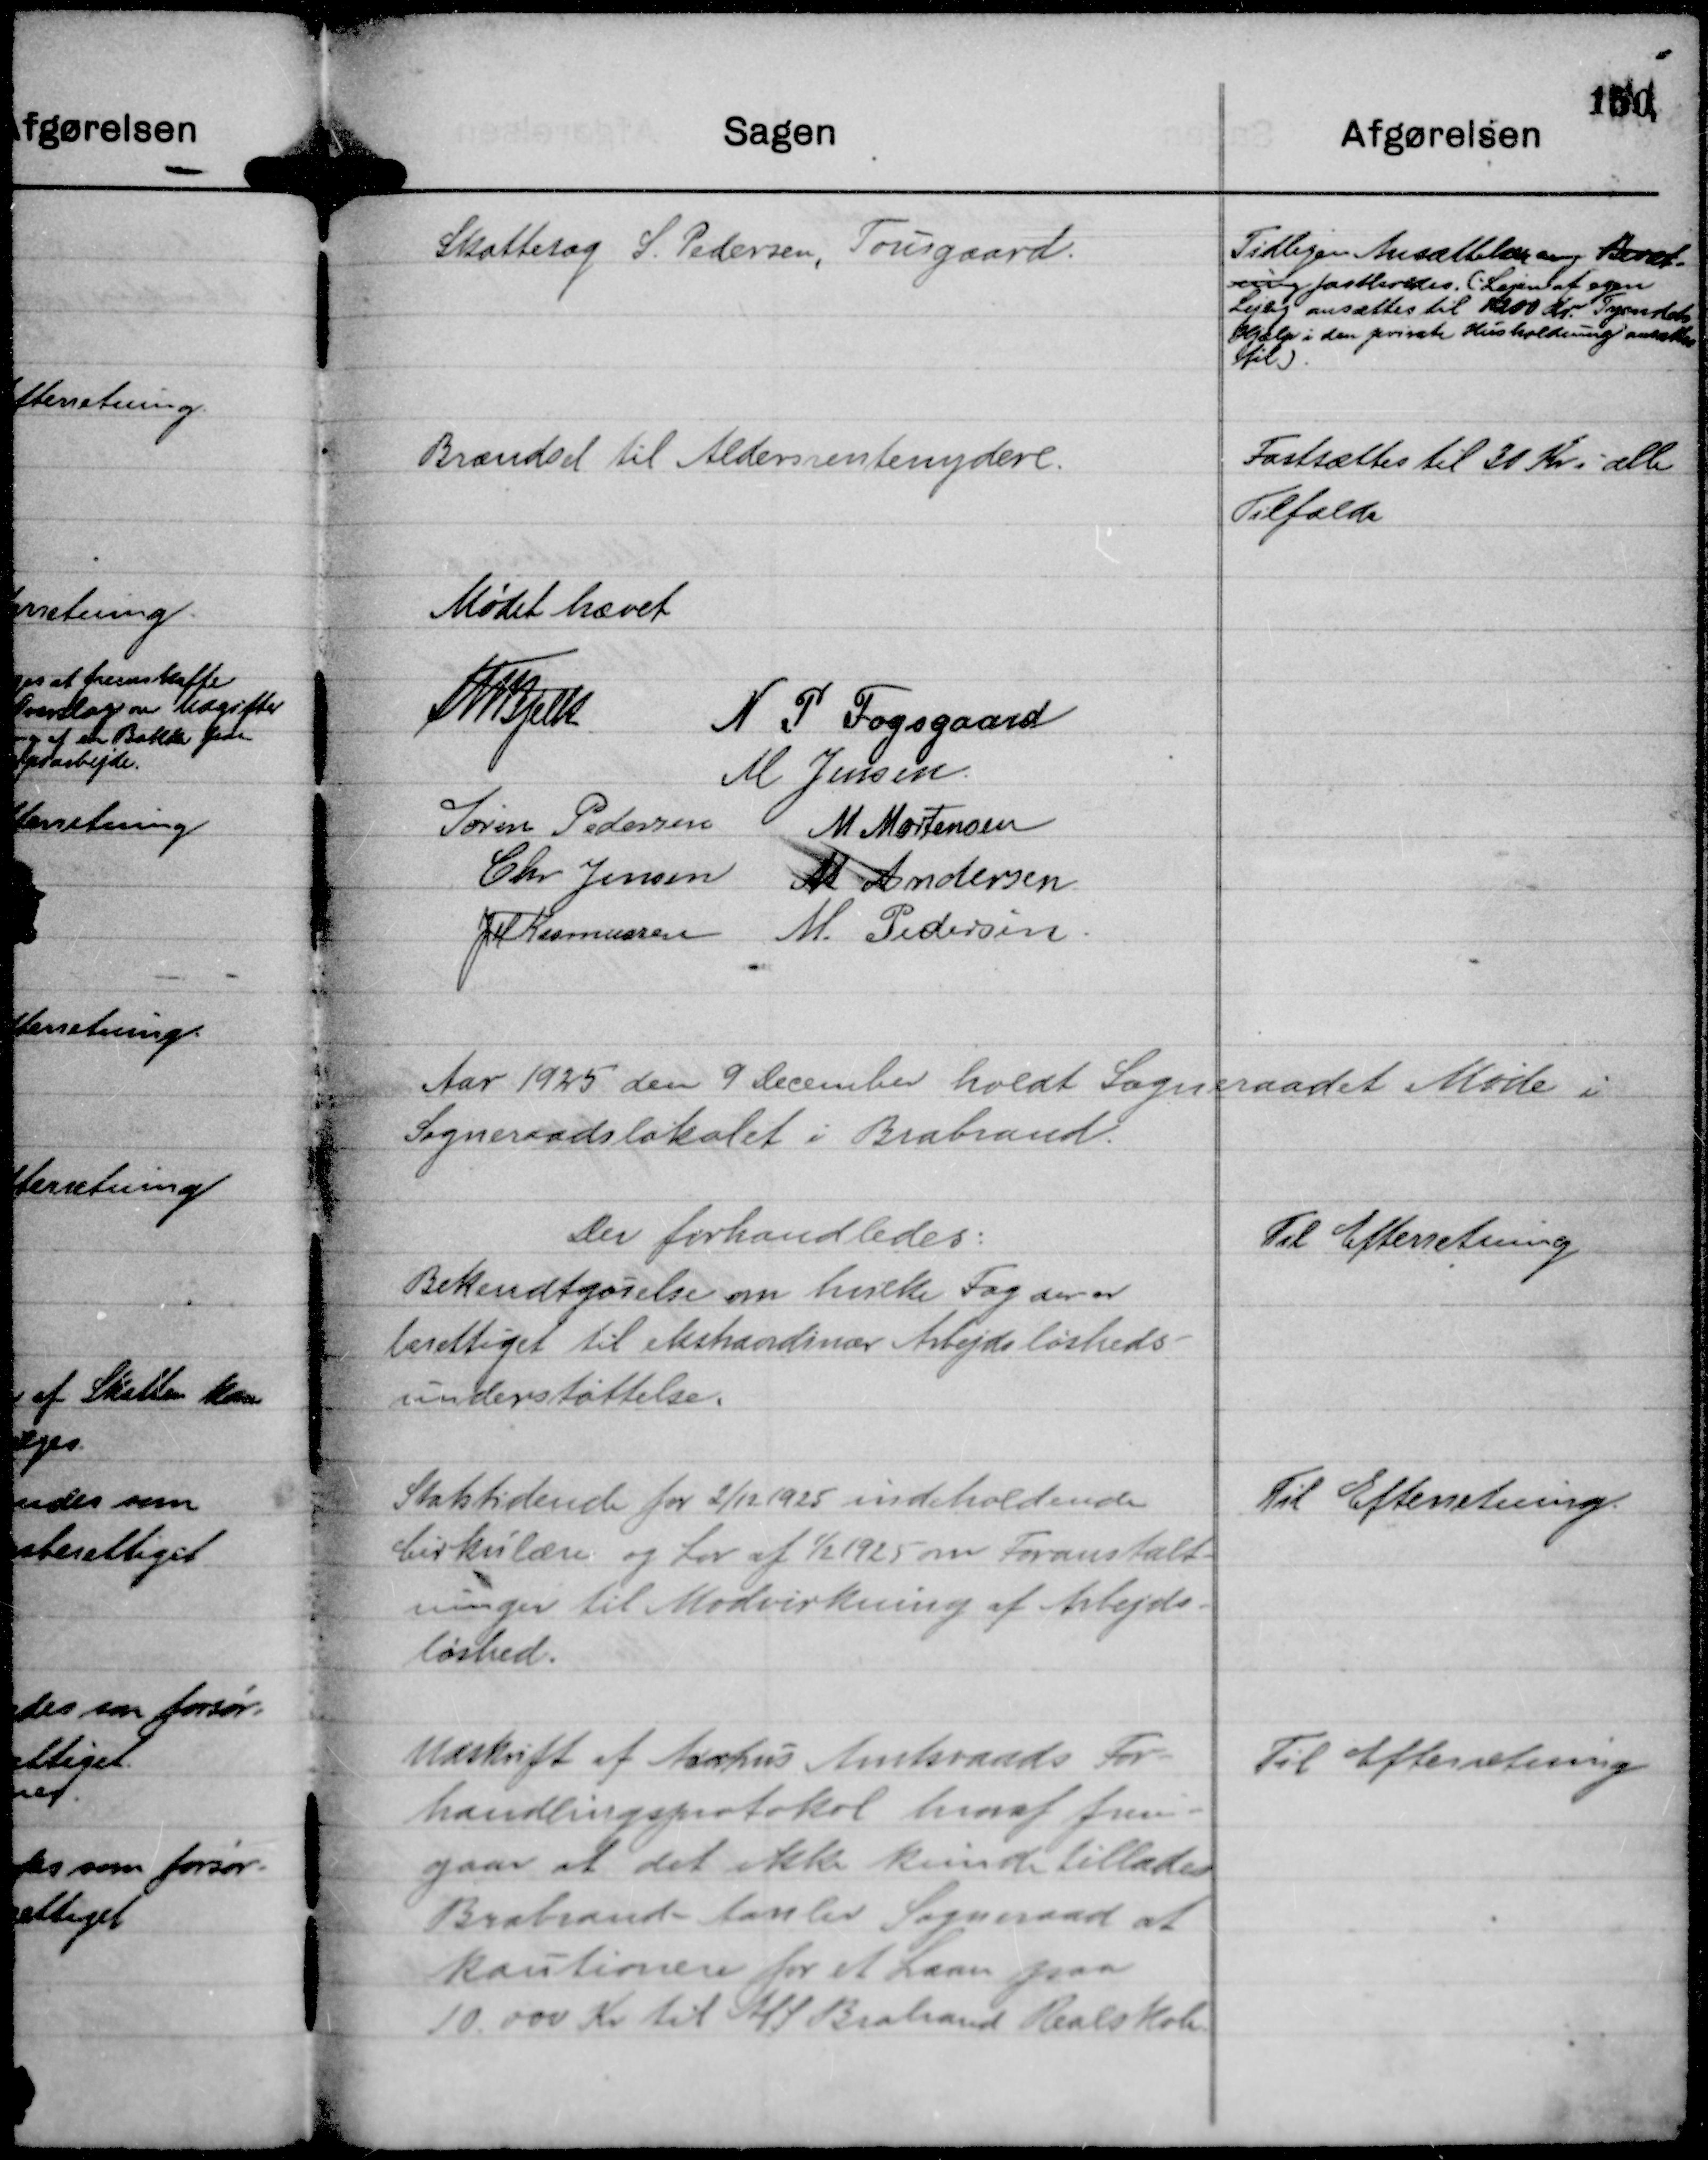
Transskription:
Skattesag S. Pedersen, Tousgaard.

Tidligere Ansættelser ang Bevært
ning fastholdes. (Lejen af egen
Lejhj ansættes til 1200 Kr. Tyendets
Hjælp i den private Husholdning ansættes
til).

Brændsel til Aldersrentenydere.

Fastsættes til 30 Kr i alle
Tilfælde

Mødet hævet
Th Bjelke
N P Fogsgaard
M Jensen.
Søren Pedersen
M Mortensen
Chr Jensen
M Andersen
JM Rasmussen
M. Pedersen.

Aar 1925 den 9 December holdt Sogneraadet Møde i
Sogneraadslokalet i Brabrand.
Der forhandledes:

Bekendtgørelse om hvilke Fag der er
berettiget til ekstraordinær Arbejdsløsheds-
understøttelse.

Til Efterretning

Statstidende for 2/12 1925 indeholdende
Cirkulære og Lov af  1/2 1925 om Foranstalt-
ninger til Modvirkning af Arbejds-
løshed.

Til Efterretning.

Udskrift af Aarhus Amtsraads For-
handlingsprotokol hvoraf frem-
gaar at det ikke kunde tillades
Brabrand - Aarslev Sogneraad at
kautionere for et Laan paa
10.000 Kr til A/S Brabrand Realskole.

Til Efteretning